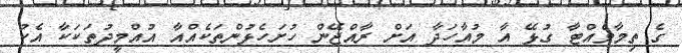
ގެ ތިމާވެއްޓާ ގުޅޭ އާ މުއާހަދާ އަށް ރާއްޖޭން ހުށަހެޅުންތަކެއްއާ އުއްމީދުތަކަކާ އެކު